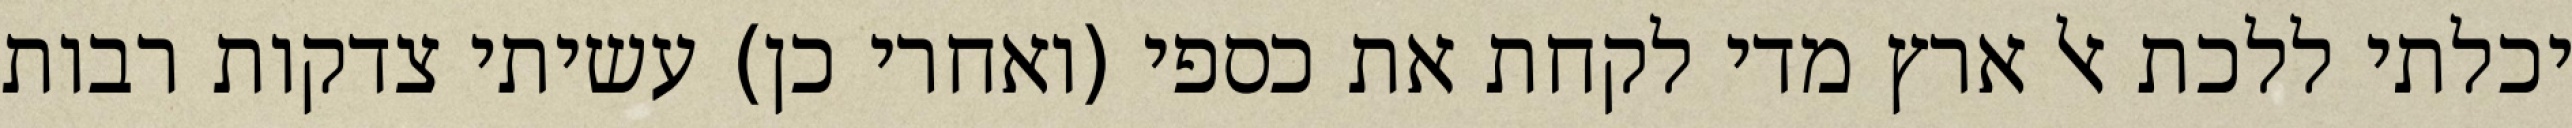
יכלתי ללכת אל ארץ מדי לקחת את כספי (ואחרי כן) עשיתי צדקות רבות